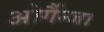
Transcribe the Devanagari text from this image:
ओर्गैन्जा